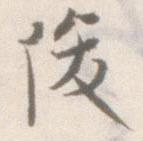
俊